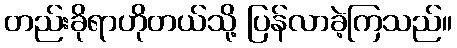
တည်းခိုရာဟိုတယ်သို့ ပြန်လာခဲ့ကြသည်။